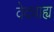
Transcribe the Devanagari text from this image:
वेदवाह्य